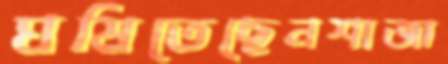
ঘষিতেছেনশাজা